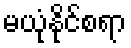
မယုံနိုင်စရာ